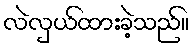
လဲလှယ်ထားခဲ့သည်။